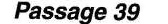
Passage 39